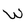
Character: W